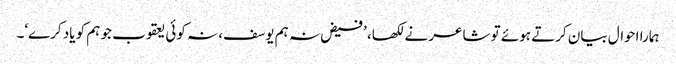
ہمارا احوال بیان کرتے ہوئے تو شاعر نے لکھا، ’فیض نہ ہم یوسف، نہ کوئی یعقوب جو ہم کو یاد کرے‘۔